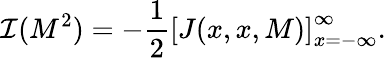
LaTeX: {\cal I}(M^{2})=-\frac{1}{2}\left[J(x,x,M)\right]_{x=-\infty}^{\infty}.